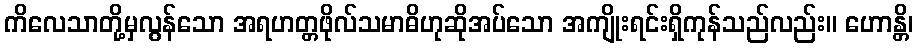
ကိလေသာတို့မှလွန်သော အရဟတ္တဖိုလ်သမာဓိဟုဆိုအပ်သော အကျိုးရင်းရှိကုန်သည်လည်း။ ဟောန္တိ၊